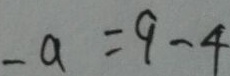
- a = 9 - 4